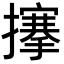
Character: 𢷘